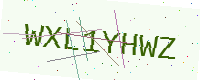
Text: WXL1YHWZ